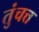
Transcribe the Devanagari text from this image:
तुंचत्त